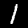
Label: 1